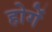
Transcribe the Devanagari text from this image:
होगेंं